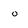
Character: O